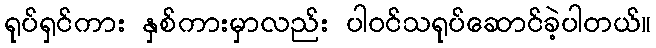
ရုပ်ရှင်ကား နှစ်ကားမှာလည်း ပါဝင်သရုပ်ဆောင်ခဲ့ပါတယ်။